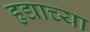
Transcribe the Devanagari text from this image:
हृद्याच्या